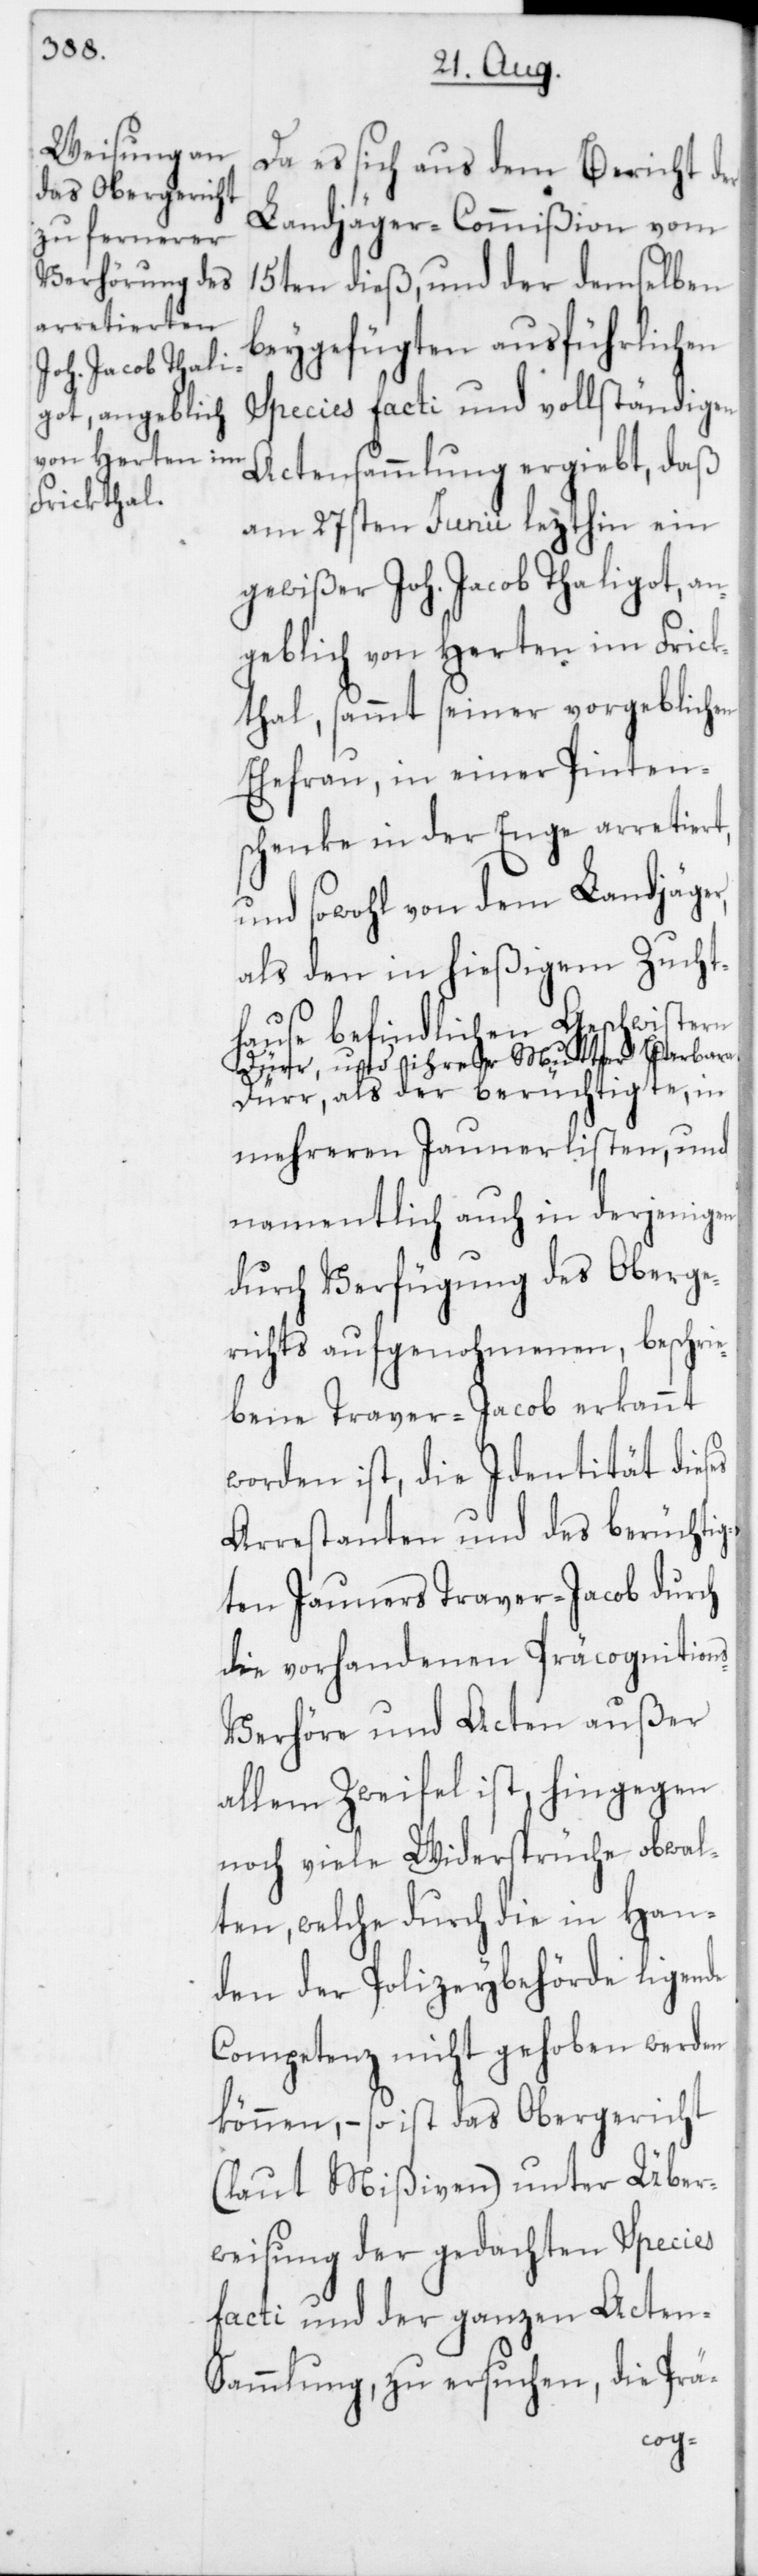
Da es sich aus dem Bericht der
Landjäger-Commißion vom
15ten dieß und der demselben
beygefügten ausführlichen
Species facti und vollständigen
Actensammlung ergiebt, daß
am 27sten Junii lezthin ein
gewißer Joh. Jacob Thaligot, a¬
ngeblich von Herten im Frick¬
thal, sammt seiner vorgeblichen
Ehefrau, in einer Pinten¬
schenke in der Enge arretiert,
und sowohl von dem Landjäger
als den in hießigem Zucht¬
hause befindlichen Geschwister
Dürr und ihrer Mutter Barbara
Dürr, als der berüchtigte, in
mehreren Jaunerlisten und
namentlich auch in derjenigen
durch Verfügung des Oberge¬
richts aufgenohmenen, beschrie¬
bene Traver-Jacob erkannt
worden ist, die Identität dieses
Arrestanten und des berüchtig¬
ten Jauners Traver-Jacob durch
die vorhandenen Präcognition¬
s-Verhöre und Acten außer
allem Zweifel ist, hingegen
noch viele Widersprüche obwal¬
ten, welche durch die in Han¬
den der Polizeybehörde ligende
Competenz nicht gehoben werden
können, – so ist das Obergericht
(laut Mißiven) unter Über¬
weisung der gedachten Species
facti und der ganzen Acten-S¬
ammlung zu ersuchen, die Prä-